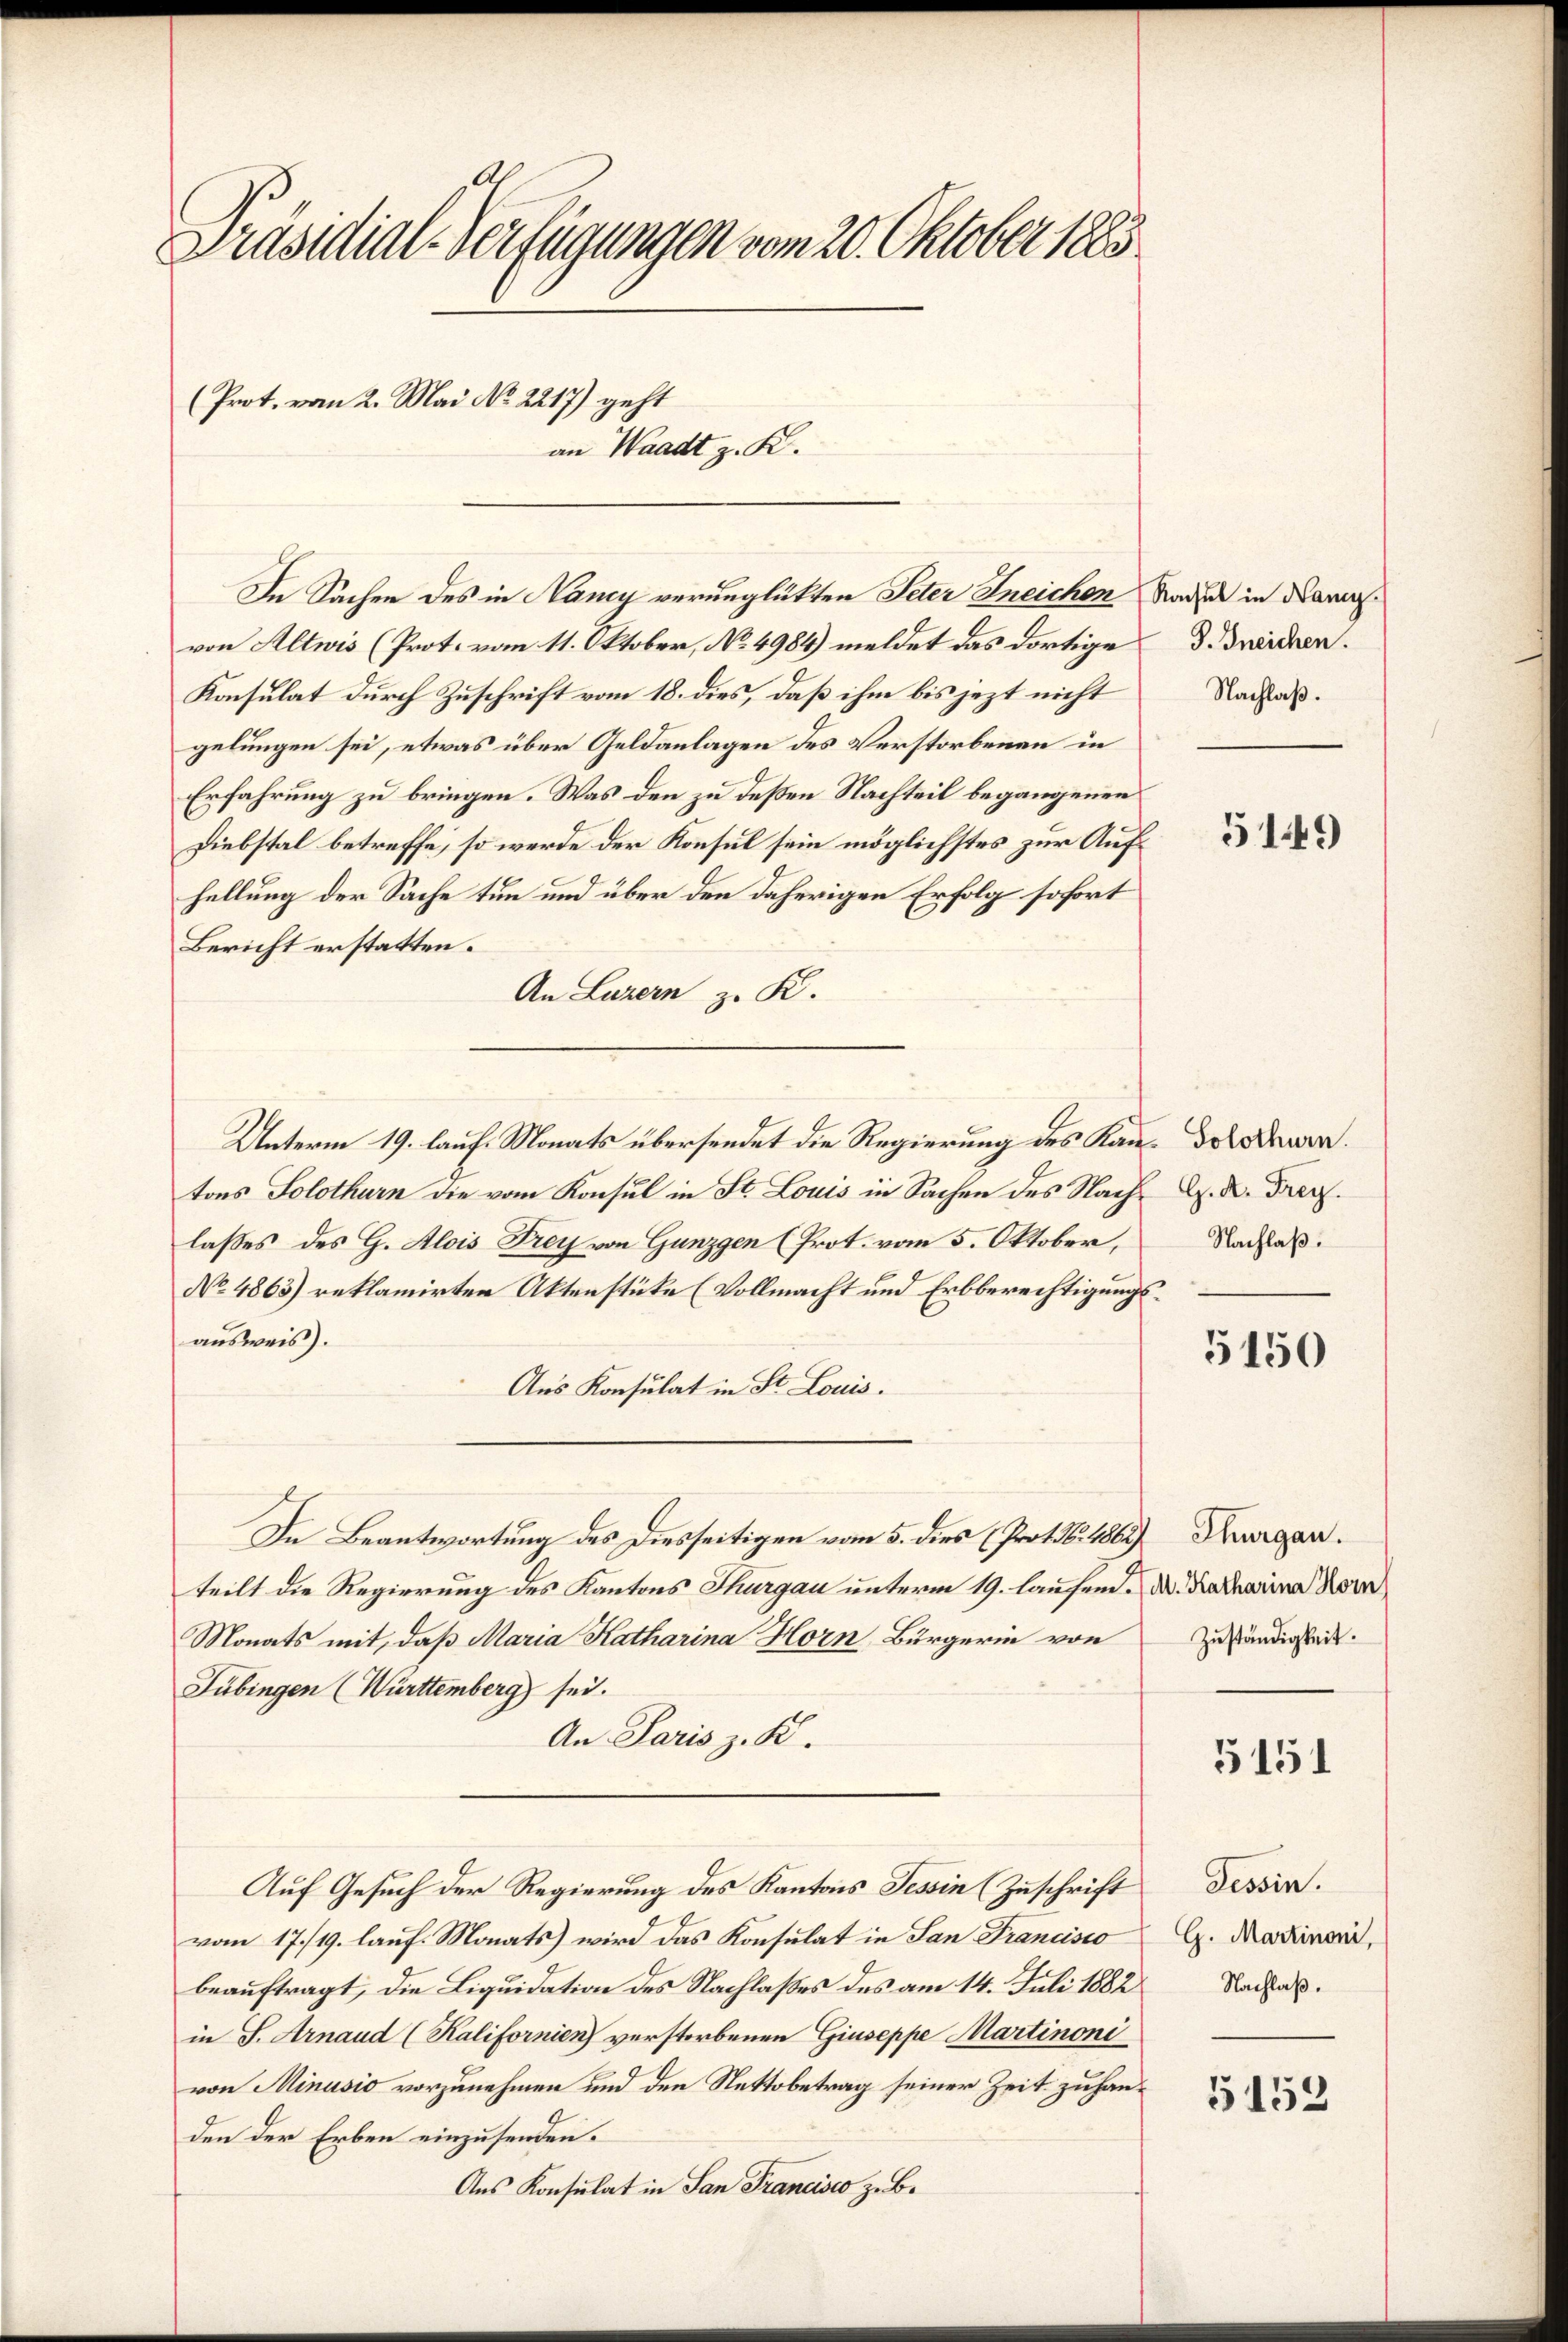
Präsidial-Verfügungen vom 20. Oktober 1883

(Prot. vom 2. Mai No 2217) geht
an Waadt z. K.

In Sachen des in Nancy verunglükten Peter Ineichen
von Altwis (Prot. vom 11. Oktober, No. 4984) meldet das dortige d. Drücken.
Konsulat durch Zuschrift vom 18. dies, daß ihm bis jezt nicht
gelungen sei, etwas über Geldanlagen des Verstorbenen in
Erfahrung zu bringen. Was den zu deßen Nachteil begangenen
Diebstal betreffe, so werde der Konsul sein möglichstes zur Aufhellung der Sache tun und über den daherigen Erfolg sofort
Bericht erstatten.
An Luzern z. K.
Unterm 19. lauf Monats übersendet die Regierung des Kau- der Dara
tons Solothurn die vom Konsul in St. Louis in Sachen des Nach Dr. K. Frey.
lasses des G. Alois Frey von Gunzgen (Prot. vom 5. Oktober,
No 4863) reklamirten Aktenstüke (Vollmacht und Erbberechtigungsausweis).
Aus Konsulat in St. Louis.
In Beantwortung des Diesseitigen vom 5. dies (Prot. 16. 1862 Thurgau.
teilt die Regierung des Kantons Thurgau unterm 19. laufend¬
Monats mit, daß Maria Katharina Horn, Bürgerin von
Tübingen (Württemberg sei.
An Paris z. K.
Auf Gesuch der Regierung des Kantons Tessin (Zuschrift
vom 17./19. lauf. Monats wird das Konsulat in San Francisco
beauftragt, die Liquidation des Nachlasses des am 14. Juli 1882
in S. Arnaud (Kalifornien verstorbenen Giuseppe Martinoni
von Minusio vorzunehmen und den Nettobetrag seiner Zeit zu handen der Erben einzusenden.
Aus Konsulat in San Francisco z. B.

Racsul in Nany.
Nachlaß.

5149

Nachlaß.

5150

M. Katharina Horn
Zuständigkeit.

5151

Tessin.
G. Martinoni,
Nachlaß.

5153